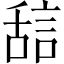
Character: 𬜇